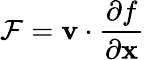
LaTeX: \mathcal F=\mathbf v\cdot\frac{\partial f}{\partial\mathbf x}